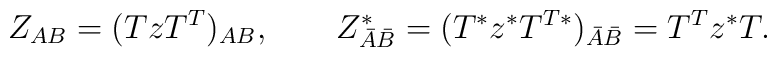
Z_{AB}=(TzT^T)_{AB},\quad \quad Z_{\bar{A}\bar{B}}^{*}=(T^{*}z^{*}T^{T*})_{\bar{A}\bar{B}}=T^Tz^{*}T.